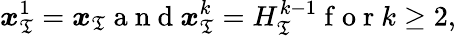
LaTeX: \boldsymbol x_{\mathfrak T}^{1}=\boldsymbol x_{\mathfrak T}\mathrm{~a~n~d~}\boldsymbol x_{\mathfrak T}^{k}=H_{\mathfrak T}^{k-1}\mathrm{~f~o~r~}k\geq 2,